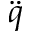
\ddot { q }